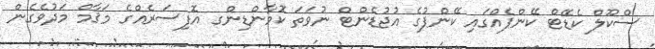
ސްކޫލް ކެޑޭޓް ކޭންޕެއްގައި ކޭންޕުގެ އުޖުޑެންޓް ނުވަތަ ކޮމާންޑިންގ އޮފިސަރެއްގެ މަޤާމް މަދުވެގެން